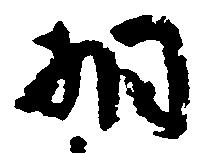
相